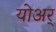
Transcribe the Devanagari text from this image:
योअर्